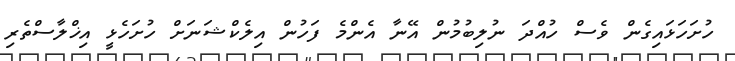
ހުށަހަޅައިގެން ވެސް ހުއްދަ ނުލިބުމުން އޭނާ އެންމެ ފަހުން އިލެކްޝަނަށް ހުށަހެޅީ އިޚްލާސްތެރި